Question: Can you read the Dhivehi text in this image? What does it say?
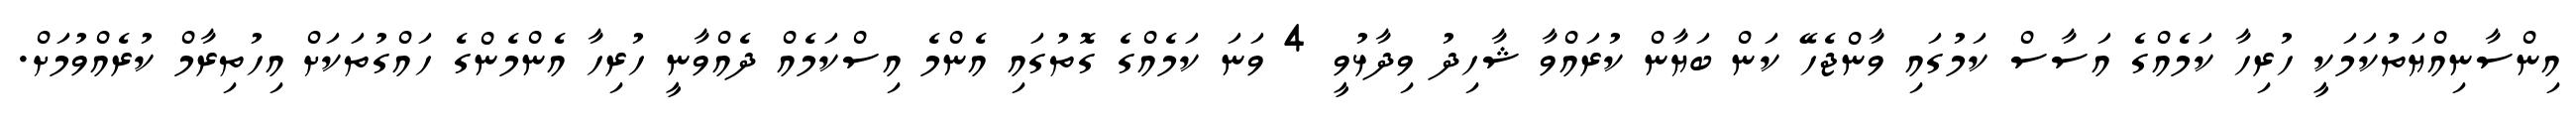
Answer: އިންސާނިއްޔަތުކަމަކީ ހުރިހާ ކަމެއްގެ އަސާސް ކަމުގައި ވާންޖެހޭ ކަން ބަޔާން ކުރައްވާ ޝާހިދު ވިދާޅުވީ 4 ވަނަ ކަމެއްގެ ގޮތުގައި އެންމެ އިސްކަމެއް ދެއްވާނީ ހުރިހާ އެންމެންގެ ހައްގުތަކަށް އިހުތިރާމް ކުރެއްވުމަށް.